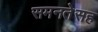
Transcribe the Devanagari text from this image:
समनतेसह